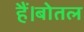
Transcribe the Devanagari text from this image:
हैं।बोतल